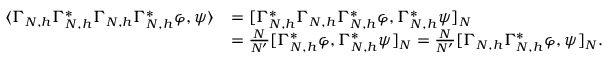
\begin{array} { r l } { \langle \Gamma _ { N , h } \Gamma _ { N , h } ^ { * } \Gamma _ { N , h } \Gamma _ { N , h } ^ { * } \varphi , \psi \rangle } & { = [ \Gamma _ { N , h } ^ { * } \Gamma _ { N , h } \Gamma _ { N , h } ^ { * } \varphi , \Gamma _ { N , h } ^ { * } \psi ] _ { N } } \\ & { = \frac { N } { N ^ { \prime } } [ \Gamma _ { N , h } ^ { * } \varphi , \Gamma _ { N , h } ^ { * } \psi ] _ { N } = \frac { N } { N ^ { \prime } } [ \Gamma _ { N , h } \Gamma _ { N , h } ^ { * } \varphi , \psi ] _ { N } . } \end{array}